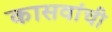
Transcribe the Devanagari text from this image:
कासवांची